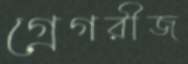
গ্রেগরীজ